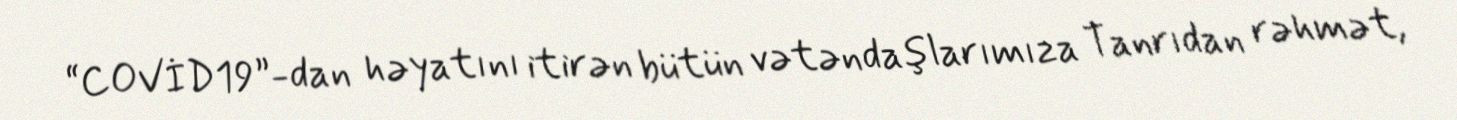
“COVİD19”-dan həyatını itirən bütün vətəndaşlarımıza Tanrıdan rəhmət,